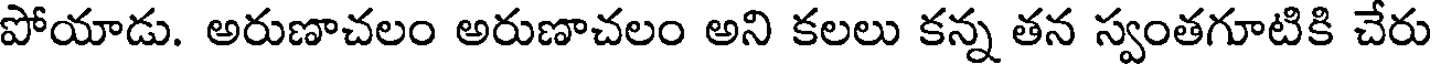
పోయాడు. అరుణాచలం అరుణాచలం అని కలలు కన్న తన స్వంతగూటికి చేరు